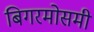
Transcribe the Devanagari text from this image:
बिगरमोसमी